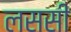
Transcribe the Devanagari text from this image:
लससी